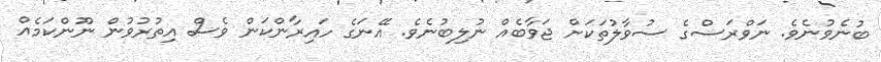
ބުނެވުނެވެ. ނަވްރަސްގެ ސުވާލުތަކަށް ޖަވާބެއް ނުލިބުނެވެ. އޭނަގެ ހައިރާންކަން ވެސް އިތުރުވުން ނޫންކަމެއް